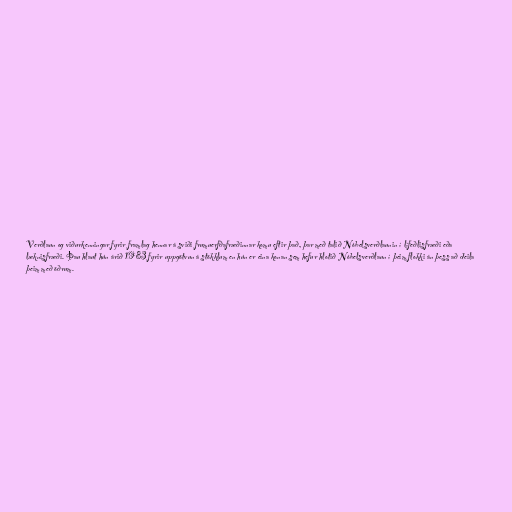
Verðlaun og viðurkenningar fyrir framlag hennar á sviði frumuerfðafræðinnar komu eftir það, þar með talið Nóbelsverðlaunin í lífeðlisfræði eða
læknisfræði. Þau hlaut hún árið 1983 fyrir uppgötvun á stökklum en hún er eina konan sem hefur hlotið Nóbelsverðlaun í þeim flokki án þess að deila
þeim með öðrum.